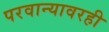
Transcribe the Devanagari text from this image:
परवान्यावरही